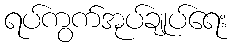
ရပ်ကွက်အုပ်ချုပ်ရေး